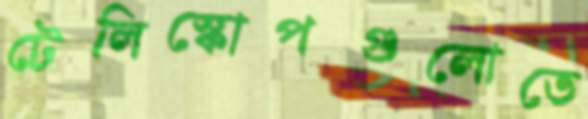
টেলিস্কোপগুলোতে